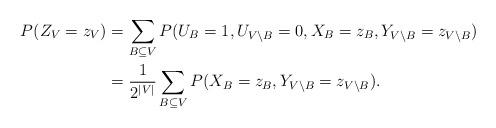
LaTeX: \begin{align*}P(Z_V = z_V) &= \sum_{B \subseteq V} P(U_B = 1, U_{V \setminus B} = 0, X_B = z_B, Y_{V \setminus B} = z_{V \setminus B}) \\&= \frac{1}{2^{|V|}} \sum_{B \subseteq V} P(X_B = z_B, Y_{V \setminus B} = z_{V \setminus B }). \end{align*}